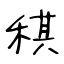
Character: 稘